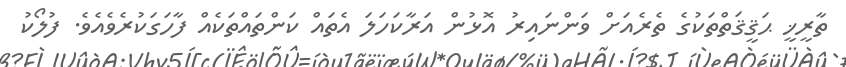
ތާރީޚީ ޙަޤީޤަތްތަކުގެ ތެރެއަށް ވަންނައިރު އޮޅުން އަރާކަހަލަ އެތައް ކަންތައްތަކެއް ފާހަގަކުރެވެއެވެ. ފުލޯކު